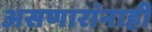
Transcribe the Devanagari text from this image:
असणारांनाही